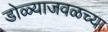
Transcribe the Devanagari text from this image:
डोळ्याजवळच्या